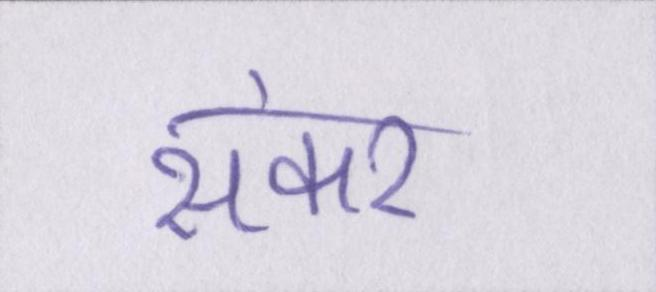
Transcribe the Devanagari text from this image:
संकर